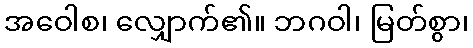
အဝေါစ၊ လျှောက်၏။ ဘဂဝါ၊ မြတ်စွာ၊